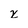
Character: x